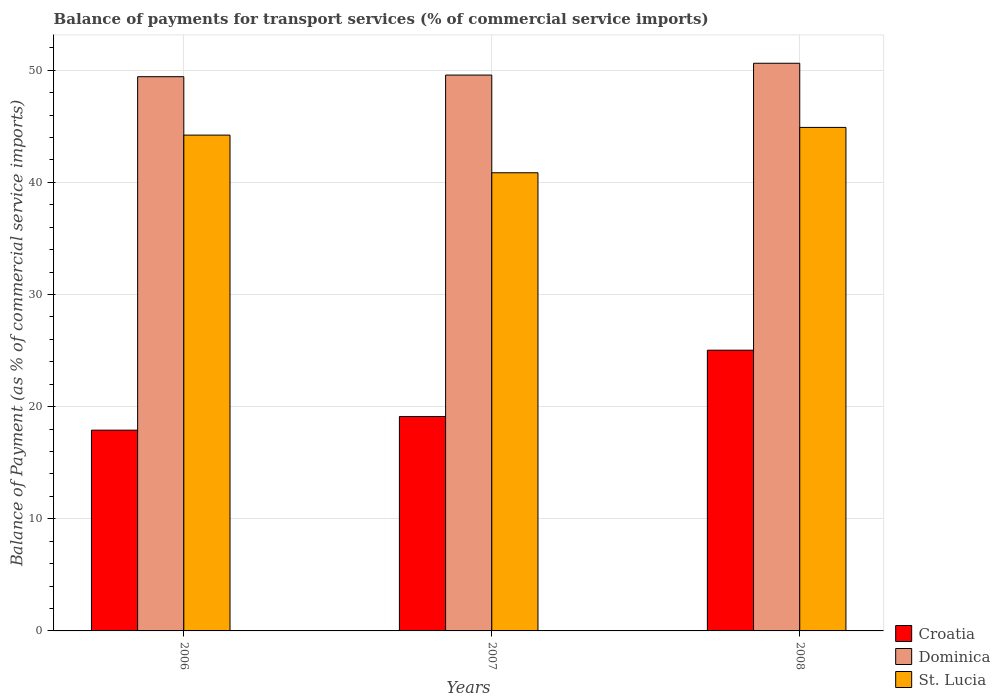
| Years | Croatia | Dominica | St. Lucia |
 | --- | --- | --- | --- |
 | 2006 | 17.9 | 49.4 | 44.2 |
 | 2007 | 19.1 | 49.6 | 40.9 |
 | 2008 | 25 | 50.6 | 44.9 |